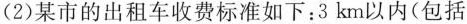
(2)某市的出租车收费标准如下：3km以内(包括